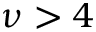
\nu > 4